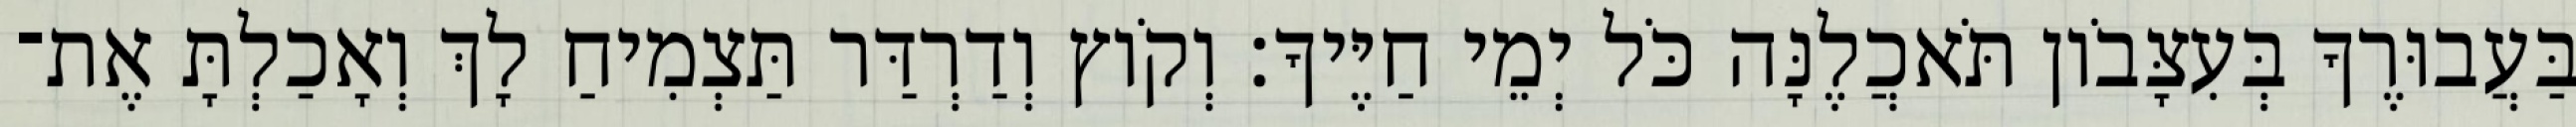
בַּעֲבוּרֶךָ בְּעִצָּבֹון תֹּאכֲלֶנָּה כֹּל יְמֵי חַיֶּיךָ׃ וְקֹוץ וְדַרְדַּר תַּצְמִיחַ לָךְ וְאָכַלְתָּ אֶת־